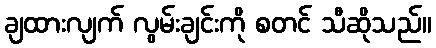
ချထားလျက် လွမ်းချင်းကို စတင် သီဆိုသည်။